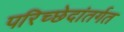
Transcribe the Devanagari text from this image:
परिच्छेदांतर्गत